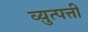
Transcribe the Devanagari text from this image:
व्य़ुत्पत्ती